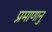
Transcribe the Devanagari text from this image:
प्रमाणानु